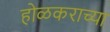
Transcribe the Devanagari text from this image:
होळकराच्या